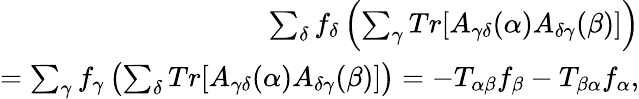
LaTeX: \begin{array}{r}{\sum_{\delta}f_{\delta}\left(\sum_{\gamma}Tr[A_{\gamma\delta}(\alpha)A_{\delta\gamma}(\beta)]\right)}\\ {=\sum_{\gamma}f_{\gamma}\left(\sum_{\delta}Tr[A_{\gamma\delta}(\alpha)A_{\delta\gamma}(\beta)]\right)=-T_{\alpha\beta}f_{\beta}-T_{\beta\alpha}f_{\alpha},}\end{array}